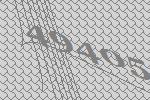
49405